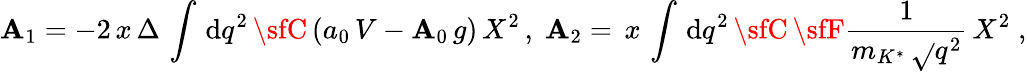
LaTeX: {\sf\mathbf{A}}_{1}=\displaystyle-2\, x\, \Delta\, \int\, \mathrm{d}q^{2}\, {\sfC}\, ({a_{0}\, V-\mathbf{A}_{0}\, g})\, X^{2}\, ,\; {\sf\mathbf{A}}_{2}=\displaystyle\, x\, \int\, \mathrm{d}q^{2}\, {\sfC}\, {\sfF}\frac{{1}}{{m_{K^{*}}\, \sqrt{}{{q^{2}}}}}\, X^{2}\; ,